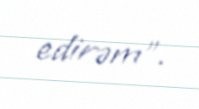
edirəm".